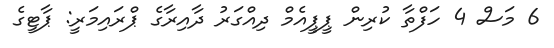
6 މަސް 4 ހަފްތާ ކުރިން ޕީޕީއެމް ދިއްގަރު ދާއިރާގެ ޕްރައިމަރީ: ޕާޓީގެ